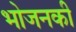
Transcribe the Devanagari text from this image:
भोजनकी